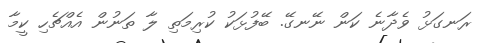
ރަނގަޅު ވެދާނެ ކަން ނޭނގޭ. ބޭފުޅަކު ކުރިމަތި ލާ ތަނުން އެއްޗެހި ކީމާ